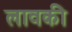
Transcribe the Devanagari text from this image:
लावकी